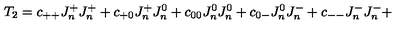
T _ { 2 } = c _ { + + } J _ { n } ^ { + } J _ { n } ^ { + } + c _ { + 0 } J _ { n } ^ { + } J _ { n } ^ { 0 } + c _ { 0 0 } J _ { n } ^ { 0 } J _ { n } ^ { 0 } + c _ { 0 - } J _ { n } ^ { 0 } J _ { n } ^ { - } + c _ { -- } J _ { n } ^ { - } J _ { n } ^ { - } +